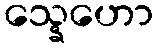
သ္နေဟော